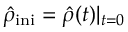
{ \hat { \rho } } _ { \mathrm { i n i } } = { \hat { \rho } } ( t ) | _ { t = 0 }